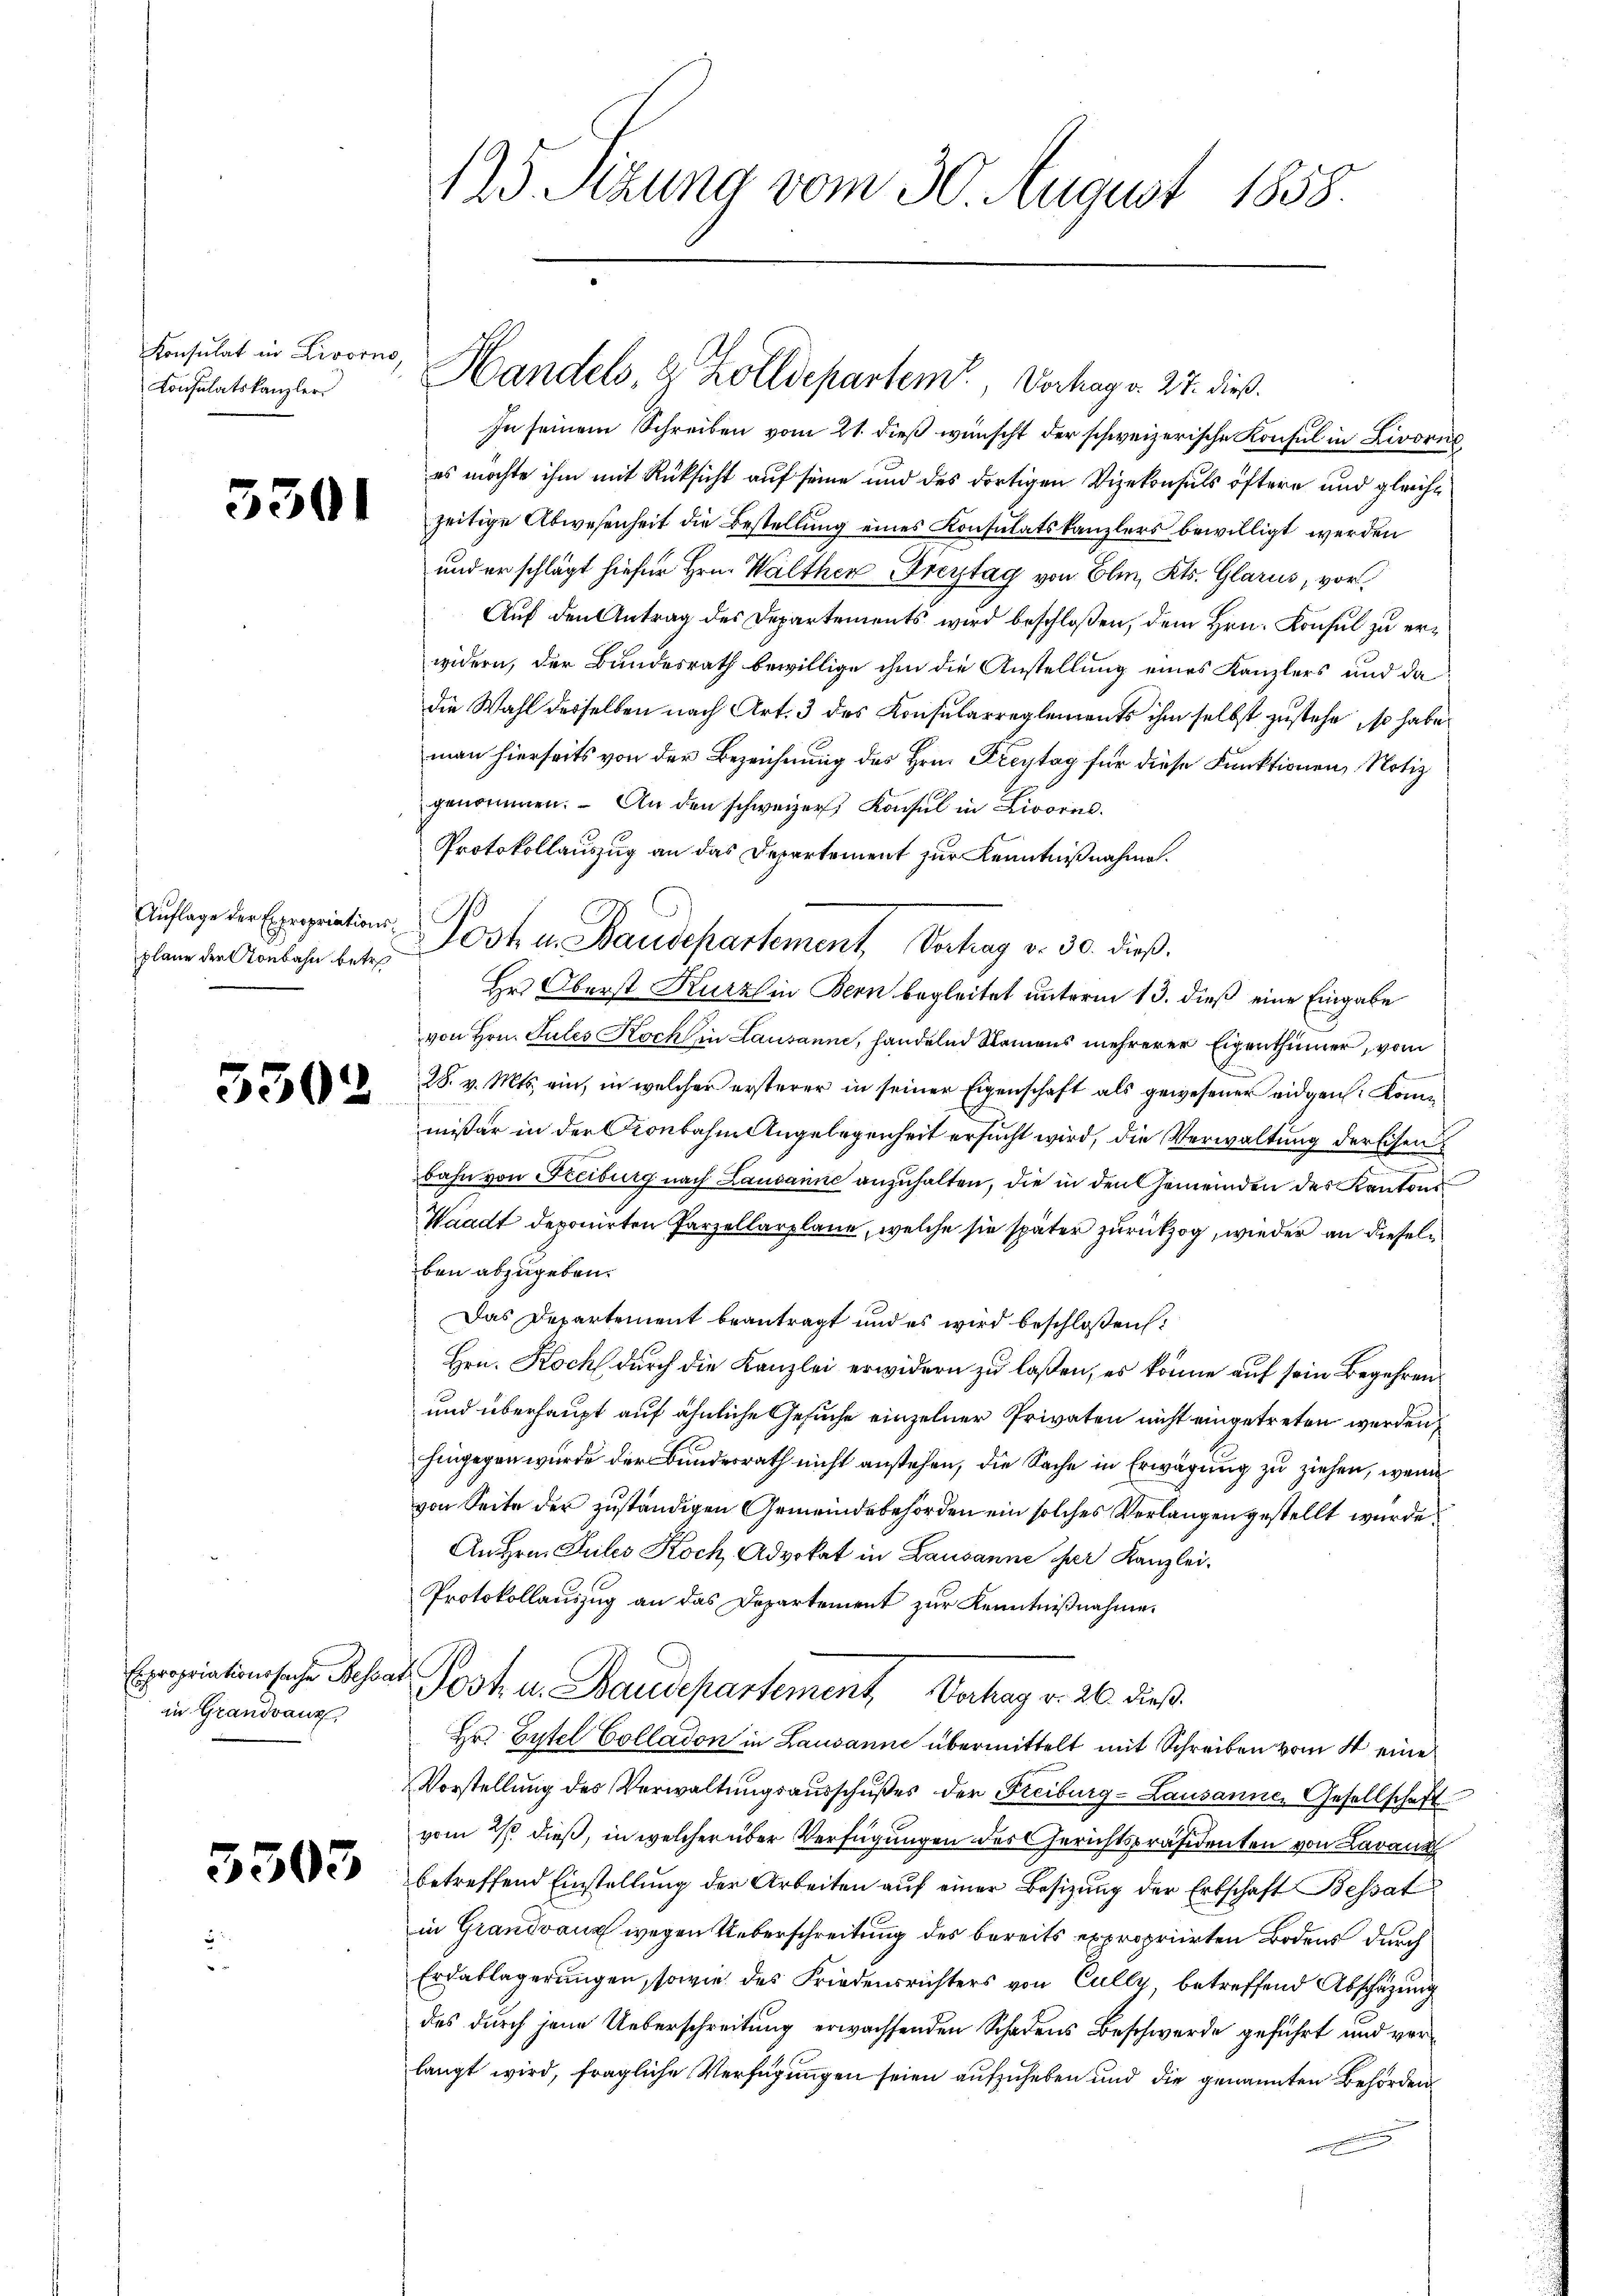
Konsulat in Livorno,
Consulatskanzler

plane der Aonbahn betr.

5302

in Grandvanz

3503

In seinem Schreiben vom 21. dieß wünscht der schweizerische Konsul in Livornes möchte ihm mit Rüksicht auf seine und des dortigen Vizekonsuls öftere und gleich¬
2 zeitige Abwesenheit die Bestellŭng eines Konsulatskanzlers bewilligt werden
und er schlägt hiefür Hrn. Walther Freytag von Elm, Kts. Glarus, vor¬
Auf den Antrag des Departements wird beschloßen, dem Hrn. Konsul zu erwidern, der Bundesrath bewillige ihm die Anstellung eines Kanzlers und da
die Wahl derselben nach Art. 3 des Konsularreglements ihm selbst zustehe, so habe
man hierseits von der Bezeichnung des Hrn. Freytag für diese Funktionen, Notiz
genommen. An den schweizer Konsul in Livorn
Protokollauszug an das Departement zur Kenntnißnahme.
Hr Oberst Kurz in Bern begleitet unterm 13. dieß eine Eingabe
von Hrn. Sules Koch in Lausanne, handelnd Namens mehrerer Eigenthümer, vom
28. v. Mts. ein, in welcher ersterer in seiner Eigenschaft als gewesener eidgen. Kommißer in der Kronbahn Angelegenheit ersucht wird, die Verwaltung der Eisen
bahn von Freiburg nach Lausanne anzuhalten, die in den Gemeinden des Kantons
Waadt deponirten Parzellarplane, welche sie später zurückzog, wieder an diesel
ben abzugeben.
Das Departement beantragt und es wird beschloßen:
Hrn. Koch durch die Kanzlei erwidern zu laßen, es könne auf sein Begehren¬
und überhaupt auf ähnliche Gesuche einzelner Privaten nicht eingetreten werden,
hingegen wurde der Bundesrath nicht anstehen, die Sache in Erwägung zu ziehen, wenn
von Seite der zuständigen Gemeindebehörden ein solches Verlangen gestellt wurde
An Hrn. Guiles Koch, Advokat in Lausanne der Kanzlei-
Protokollauszug an das Departement zur Kenntnißnahme.
Exepinationsache Schat Post- u. Baiedepartement, Verhag v. 26. dieß.
Hr. Eytel Colladon in Lausanne übermittelt mit Schreiben vom 4 eine
Vorstellung des Verwaltungsausschußes der Freiburg-Lausanne, Gesellschaft
vom 21. dieß, in welcher über Verfügungen des Gerichtspräsidenten von Lan
betreffend Einstellung der Arbeiten auf einer Besizung der Erbschaft Bessat
in Grandvanz wegen Ueberschreitung des bereits expropriirten Bodens durch
Erdablägerungen, sowie des Friedensrichters von Cully, betreffend Abschazung
des durch jene Ueberschreitung erwachsenden Schadens Beschwerde geführt und verlangt wird, fragliche Verfügungen seien aufzuheben und die genannten Behörden

125 Sizung vom 30. August 1858.

Handels, 2 Zolldepartem Verhag v. 27. dieß.

Auflage der Expriation Post u. Baudepartement Vertrag v. 30. dieß.